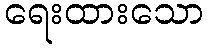
ရေးထားသော